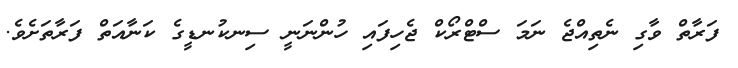
ފަރާތް ވާގި ނެތިއްޖެ ނަމަ ސްޓްރޯކް ޖެހިފައި ހުންނަނީ ސިނކުނޑީގެ ކަނާއަތް ފަރާތަށެވެ.